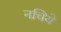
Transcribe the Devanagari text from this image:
नचिये